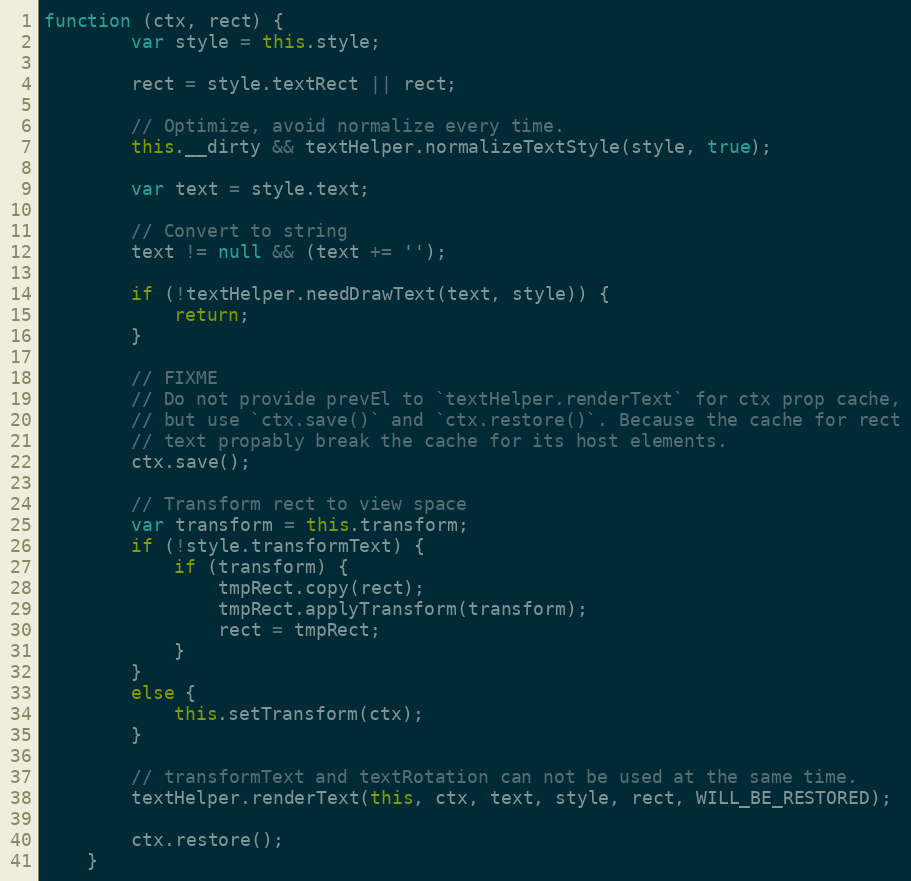
Language: JavaScript
function (ctx, rect) {
        var style = this.style;

        rect = style.textRect || rect;

        // Optimize, avoid normalize every time.
        this.__dirty && textHelper.normalizeTextStyle(style, true);

        var text = style.text;

        // Convert to string
        text != null && (text += '');

        if (!textHelper.needDrawText(text, style)) {
            return;
        }

        // FIXME
        // Do not provide prevEl to `textHelper.renderText` for ctx prop cache,
        // but use `ctx.save()` and `ctx.restore()`. Because the cache for rect
        // text propably break the cache for its host elements.
        ctx.save();

        // Transform rect to view space
        var transform = this.transform;
        if (!style.transformText) {
            if (transform) {
                tmpRect.copy(rect);
                tmpRect.applyTransform(transform);
                rect = tmpRect;
            }
        }
        else {
            this.setTransform(ctx);
        }

        // transformText and textRotation can not be used at the same time.
        textHelper.renderText(this, ctx, text, style, rect, WILL_BE_RESTORED);

        ctx.restore();
    }